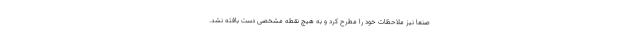
صنعا نیز ملاحظات خود را مطرح کرد و به هیچ نقطه مشخصی دست بافته نشد.